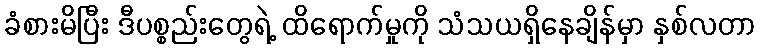
ခံစားမိပြီး ဒီပစ္စည်းတွေရဲ့ ထိရောက်မှုကို သံသယရှိနေချိန်မှာ နှစ်လတာ